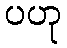
ပဟု